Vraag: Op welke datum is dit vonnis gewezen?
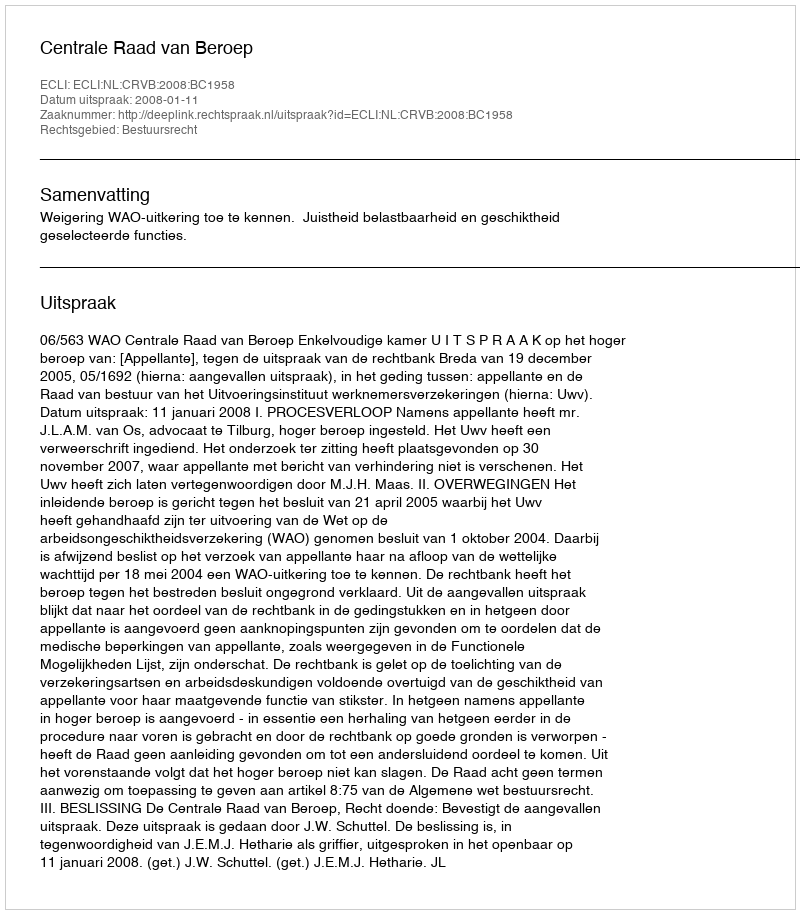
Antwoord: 2008-01-11